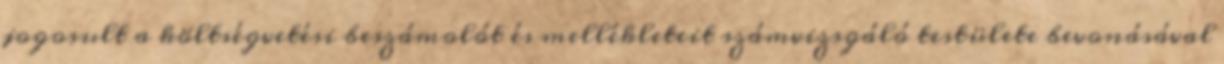
jogosult a költségvetési beszámolót és mellékleteit számvizsgáló testülete bevonásával